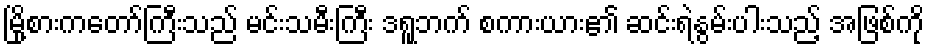
မြို့စားကတော်ကြီးသည် မင်းသမီးကြီး ဒရူဘက် စကားယား၏ ဆင်းရဲနွမ်းပါးသည့် အဖြစ်ကို